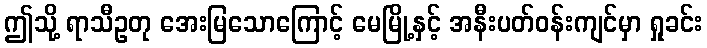
ဤသို့ ရာသီဥတု အေးမြသောကြောင့် မေမြို့နှင့် အနီးပတ်ဝန်းကျင်မှာ ရှုခင်း